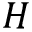
H